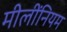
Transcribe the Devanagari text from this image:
मीलींनियम